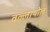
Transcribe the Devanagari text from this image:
वल्लाथोल